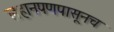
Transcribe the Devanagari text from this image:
लहानपणपासूनच